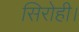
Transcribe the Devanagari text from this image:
सिरोही।